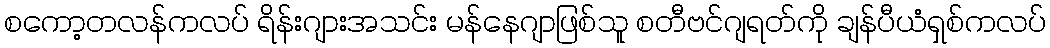
စကော့တလန်ကလပ် ရိန်းဂျားအသင်း မန်နေဂျာဖြစ်သူ စတီဗင်ဂျရတ်ကို ချန်ပီယံရှစ်ကလပ်